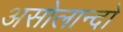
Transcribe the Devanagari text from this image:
असोलान्दो